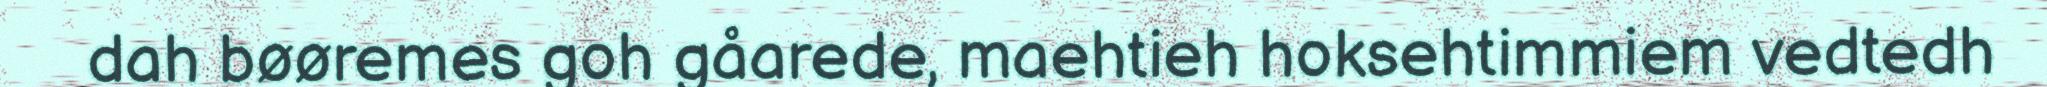
dah bøøremes goh gåarede, maehtieh hoksehtimmiem vedtedh